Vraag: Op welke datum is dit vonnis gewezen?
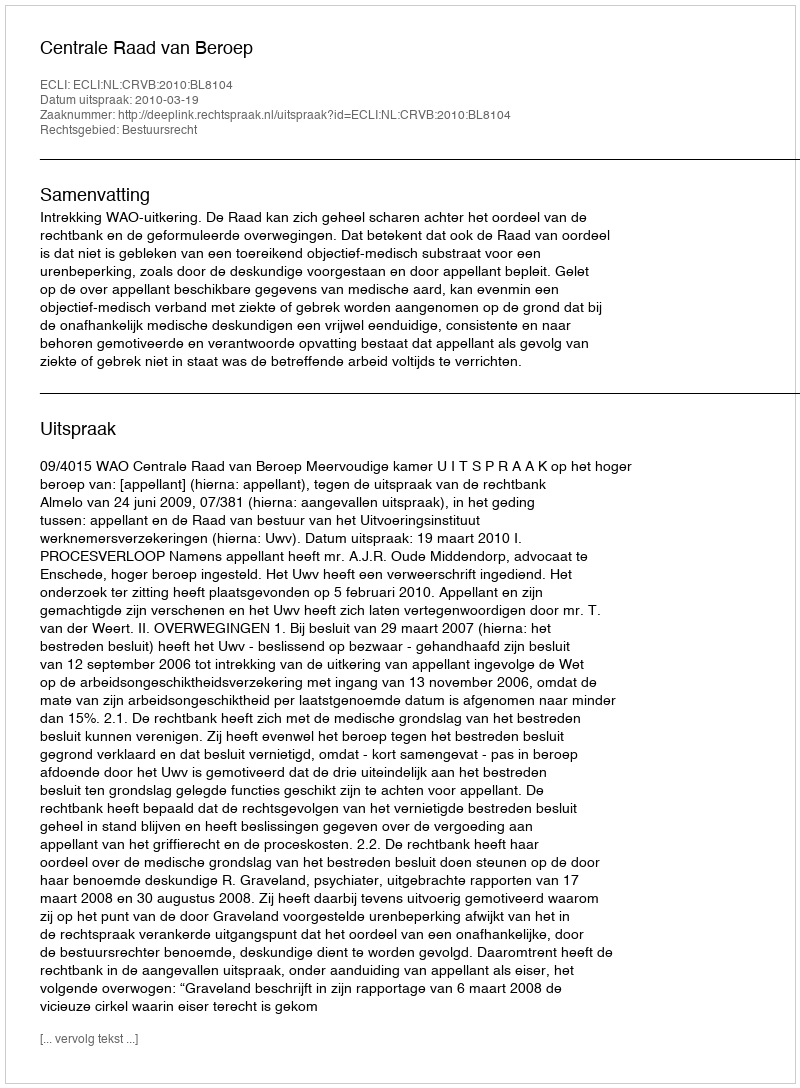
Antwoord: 2010-03-19